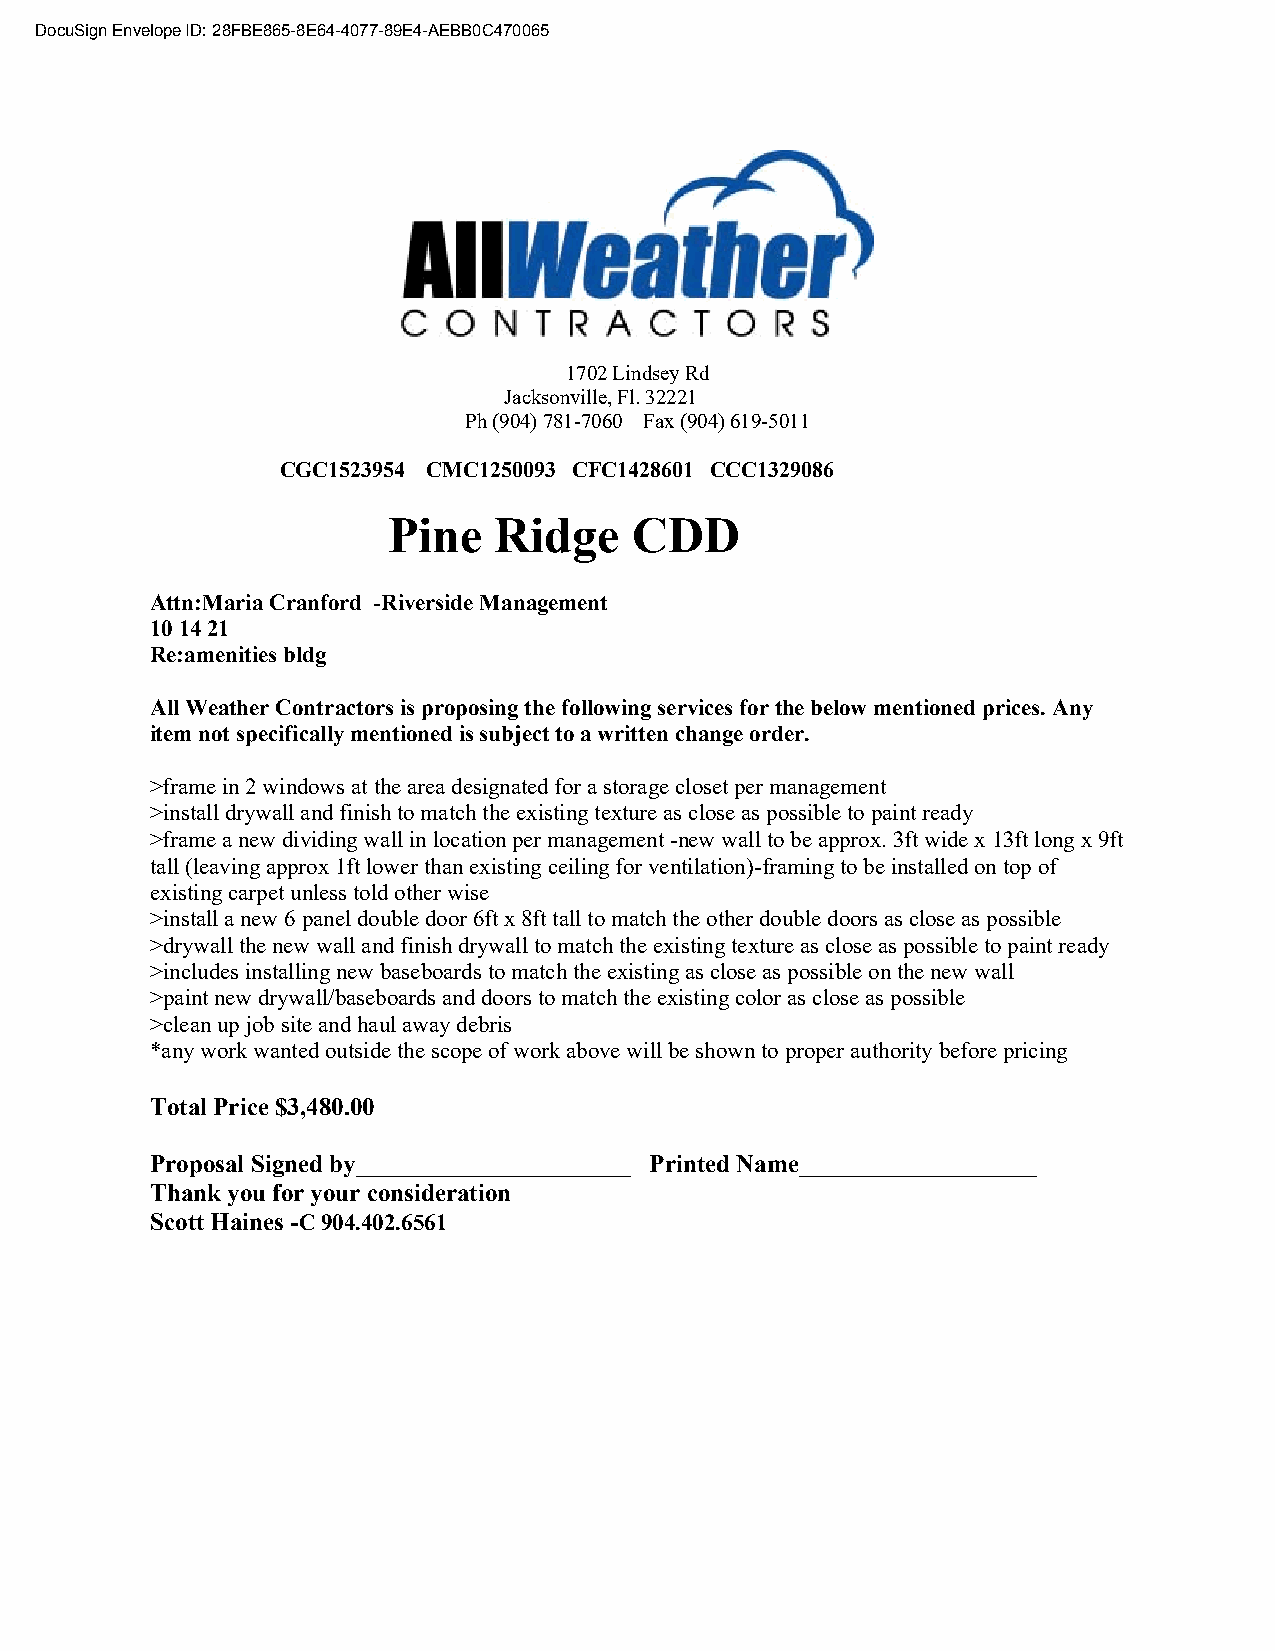
DocuSign Envelope ID: 28FBE865-8E64-4077-89E4-AEBB0C470065
 1702 Lindsey Rd
 Jacksonville, Fl. 32221
 Ph (904) 781-7060 Fax (904) 619-5011
 CGC1523954 CMC1250093 CFC1428601 CCC1329086
 Pine   Ridge    CDD
 Attn:Maria Cranford -Riverside Management
 10 14 21
 Re:amenities bldg
 All Weather Contractors is proposing the following services for the below mentioned prices. Any
 item not specifically mentioned is subject to a written change order.
 >frame in 2 windows at the area designated for a storage closet per management
 >install drywall and finish to match the existing texture as close as possible to paint ready
 >frame a new dividing wall in location per management -new wall to be approx. 3ft wide x 13ft long x 9ft
 tall (leaving approx 1ft lower than existing ceiling for ventilation)-framing to be installed on top of
 existing carpet unless told other wise
 >install a new 6 panel double door 6ft x 8ft tall to match the other double doors as close as possible
 >drywall the new wall and finish drywall to match the existing texture as close as possible to paint ready
 >includes installing new baseboards to match the existing as close as possible on the new wall
 >paint new drywall/baseboards and doors to match the existing color as close as possible
 >clean up job site and haul away debris
 *any work wanted outside the scope of work above will be shown to proper authority before pricing
 Total Price $3,480.00
 Proposal Signed by______________________ Printed Name___________________
 Thank you for your consideration
 Scott Haines -C 904.402.6561